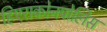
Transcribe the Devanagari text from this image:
हिएराकोनपोलिस